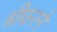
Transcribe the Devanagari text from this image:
श्रीफरने